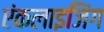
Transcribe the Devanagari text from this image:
एंकलाइजिंग